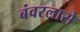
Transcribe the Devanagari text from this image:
बंवरलासे